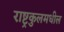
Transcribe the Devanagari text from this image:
राष्ट्रकुलमधील